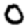
Digit: 0